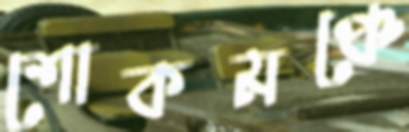
শোকমঞ্চে